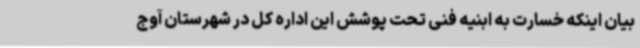
بیان اینکه خسارت به ابنیه فنی تحت پوشش این اداره کل در شهرستان آوج